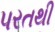
પરતથી